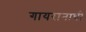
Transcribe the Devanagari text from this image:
गायरानाची